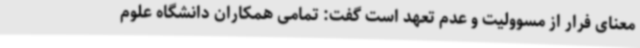
معنای فرار از مسوولیت و عدم تعهد است گفت: تمامی همکاران دانشگاه علوم